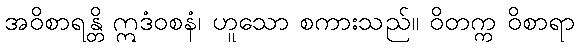
အဝိစာရန္တိ ဣဒံဝစနံ၊ ဟူသော စကားသည်။ ဝိတက္က ဝိစာရာ